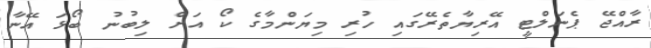
ރާއްޖޭ ޕެނަލްޓީ އޭރިޔާތެރޭގައި ހުރި މިޔަންމާގެ ކޯ އަށް ލިބުނު ބޯޅަ އޭނާ